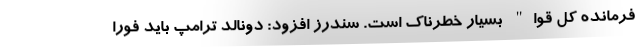
فرمانده کل قوا" بسیار خطرناک است. سندرز افزود: دونالد ترامپ باید فورا